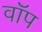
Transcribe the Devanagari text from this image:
वॉप